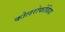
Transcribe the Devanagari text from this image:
कोलरोफोबिया